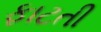
ફાટતી